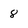
Character: 8